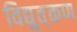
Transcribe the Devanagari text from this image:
विद्युत्‌कण